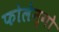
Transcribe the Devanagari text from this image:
फोलेन्गो